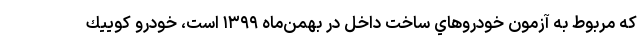
كه مربوط به آزمون خودروهاي ساخت داخل در بهمن‌ماه ۱۳۹۹ است، خودرو كوييك